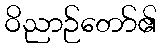
ဝိညာဉ်တော်၏